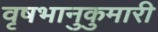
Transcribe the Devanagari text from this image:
वृषभानुकुमारी